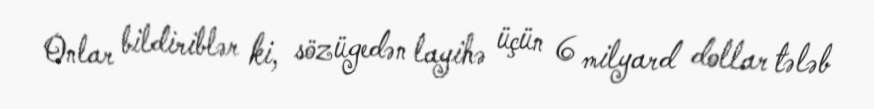
Onlar bildiriblər ki, sözügedən layihə üçün 6 milyard dollar tələb